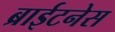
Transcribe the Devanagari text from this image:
ब्राईटनेस